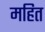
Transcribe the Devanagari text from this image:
महित